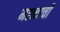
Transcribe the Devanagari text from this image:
मह्त्त्वाची